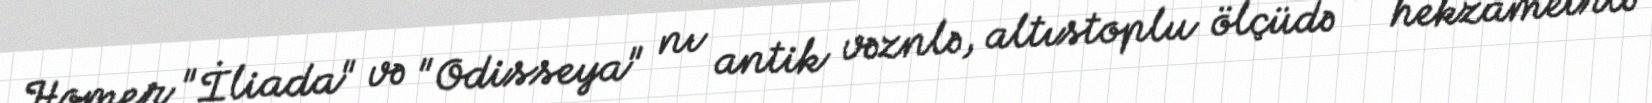
Homer "İliada" və "Odisseya" nı antik vəznlə, altıstoplu ölçüdə — hekzametrlə